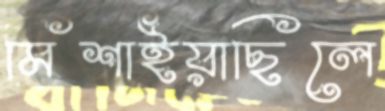
মিশাইয়াছিলে